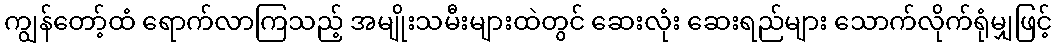
ကျွန်တော့်ထံ ရောက်လာကြသည့် အမျိုးသမီးများထဲတွင် ဆေးလုံး ဆေးရည်များ သောက်လိုက်ရုံမျှဖြင့်